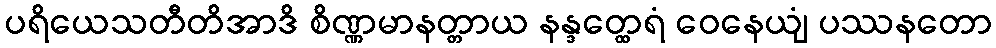
ပရိယေသတီတိအာဒိ စိဏ္ဏမာနတ္တာယ နန္ဒတ္ထေရံ ဝေနေယျံ ပဿနတော